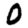
Digit: 0